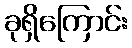
ခုရှိကြောင်း